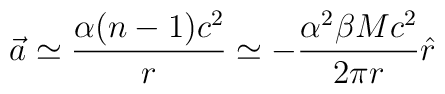
\vec{a}\simeq\frac{\alpha(n-1)c^2}{r}\simeq -\frac{\alpha^2\beta Mc^2}{2\pi r}\hat{r}